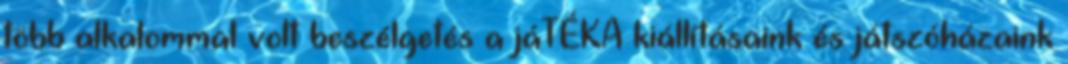
több alkalommal volt beszélgetés a jáTÉKA kiállításaink és játszóházaink